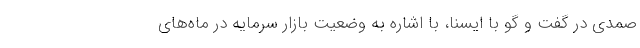
صمدی در گفت و گو با ایسنا، با اشاره به وضعیت بازار سرمایه در ماه‌های